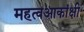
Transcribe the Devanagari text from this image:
महत्वआकांक्षी